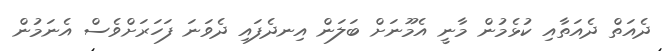
ދެއަތް ދެއަތާއި ކުޅެމުން މާނީ އެމޫނަށް ބަލަން އިނދެފައި ދެވަނަ ފަހަރަށްވެސް އެނަމުން